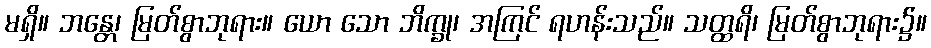
မရှိ။ ဘန္တေ၊ မြတ်စွာဘုရား။ ယော သော ဘိက္ခု၊ အကြင် ရဟန်းသည်။ သတ္ထရိ၊ မြတ်စွာဘုရား၌။